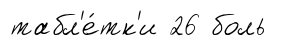
табл'е́тк'и 26 боль